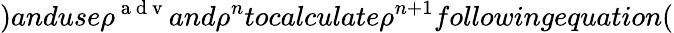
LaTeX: )anduse\rho^{\mathrm{~a~d~v~}}and\rho^{n}tocalculate\rho^{n+1}followingequation(